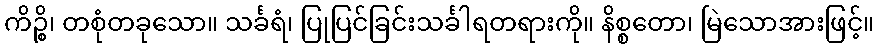
ကိဉ္စိ၊ တစုံတခုသော။ သင်္ခရံ၊ ပြုပြင်ခြင်းသင်္ခါရတရားကို။ နိစ္စတော၊ မြဲသောအားဖြင့်။